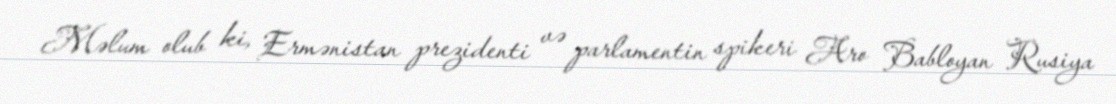
Məlum olub ki, Ermənistan prezidenti və parlamentin spikeri Aro Babloyan Rusiya